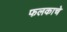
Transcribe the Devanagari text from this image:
फलकाचे